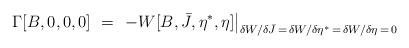
\begin{align*} \Gamma[B,0,0,0]\ =\ \left. - W[B,\bar J,\eta^\ast,\eta]\right|_{\delta W/\delta \bar J \,=\, \delta W/\delta \eta^\ast\,=\,\delta W/\delta \eta \,=\, 0}\end{align*}